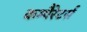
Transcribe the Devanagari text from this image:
कम्पैरेटर्स